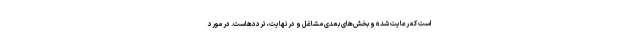
است که رعایت شده و بخش‌های بعدی مشاغل و در نهایت، ترددهاست. در مورد